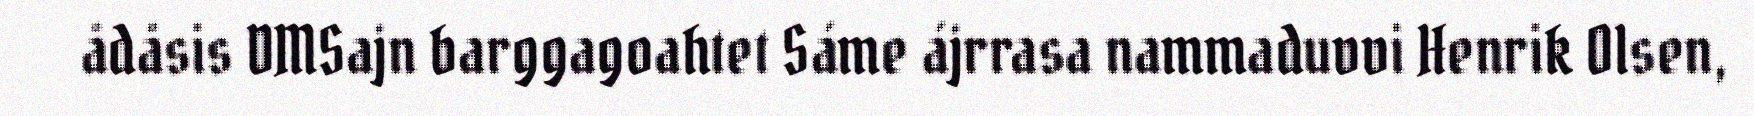
ådåsis DMSajn barggagoahtet Sáme ájrrasa nammaduvvi Henrik Olsen,